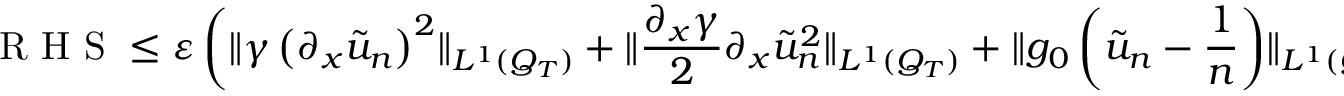
\mathrm { ~ R ~ H ~ S ~ } \leq \varepsilon \left( \lVert \gamma \left( \partial _ { x } \tilde { u } _ { n } \right) ^ { 2 } \rVert _ { L ^ { 1 } ( Q _ { T } ) } + \lVert \frac { \partial _ { x } \gamma } { 2 } \partial _ { x } \tilde { u } _ { n } ^ { 2 } \rVert _ { L ^ { 1 } ( Q _ { T } ) } + \lVert g _ { 0 } \left( \tilde { u } _ { n } - \frac { 1 } { n } \right) \rVert _ { L ^ { 1 } ( Q _ { T } ) } \right)